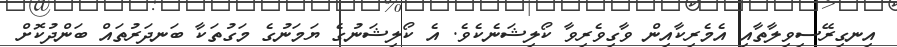
އިނގިރޭސިވިލާތާއި އެމެރިކާއިން ވާގިވެރިވާ ކޯލިޝަނެކެވެ. އެ ކޯލިޝަނުގެ ޔަމަނުގެ މަގުތަކާ ބަނދަރުތައް ބަންދުކޮށް